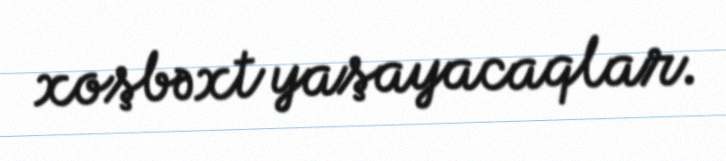
xoşbəxt yaşayacaqlar.